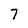
Character: 7